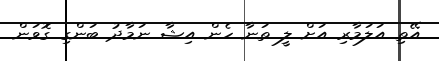
އޭތި އަލަމާރި އަށް ލީ ތަނާ ހެން އިޝާ ނަމާދު ބަަންގި ގޮވަން